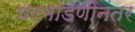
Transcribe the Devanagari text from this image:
घटमांडणीनंतर